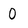
Character: 0